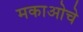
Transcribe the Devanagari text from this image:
मकाओचे